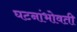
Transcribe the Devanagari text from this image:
घटनांभोवती